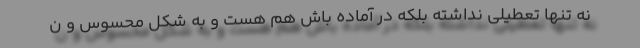
نه تنها تعطیلی نداشته بلکه در آماده باش هم هست و به شکل محسوس و ن